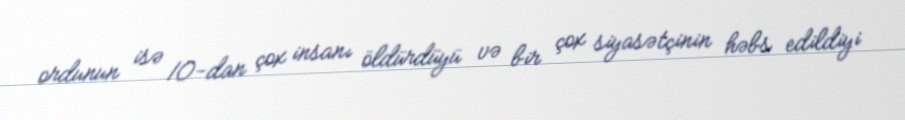
ordunun isə 10-dan çox insanı öldürdüyü və bir çox siyasətçinin həbs edildiyi